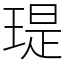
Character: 瑅